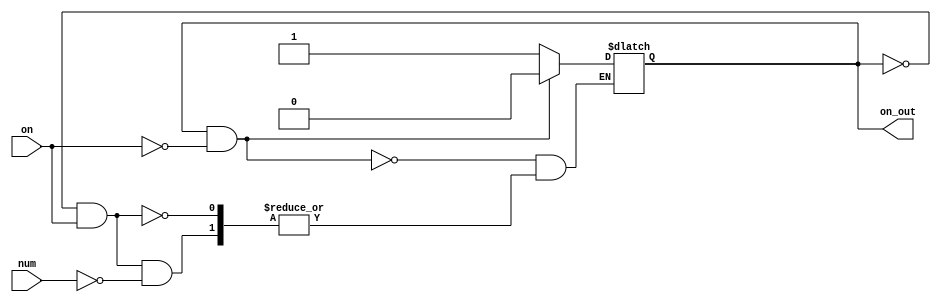
`timescale 1ns / 1ps

module PassWord(
	input on,
	input num,
	output on_out
    );

reg temp=1;
assign on_out=temp;

always @(*)
begin
	if(temp==1 && on==0) temp<=0;
	else if(temp==0 && on==1) 
	begin
		if(num) temp<=1;
	end
end

endmodule